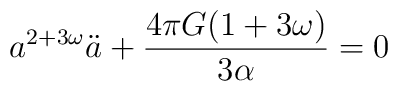
a^{2+3\omega}\ddot{a}+\frac{4\pi G(1+3\omega)}{3\alpha}=0